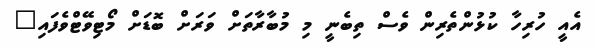
އެއީ ހުރިހާ ކުޅުންތެރިން ވެސް ތިބެނީ މި މުބާރާތަށް ވަރަށް ބޮޑަށް މޯޓިވޭޓްވެފައި"